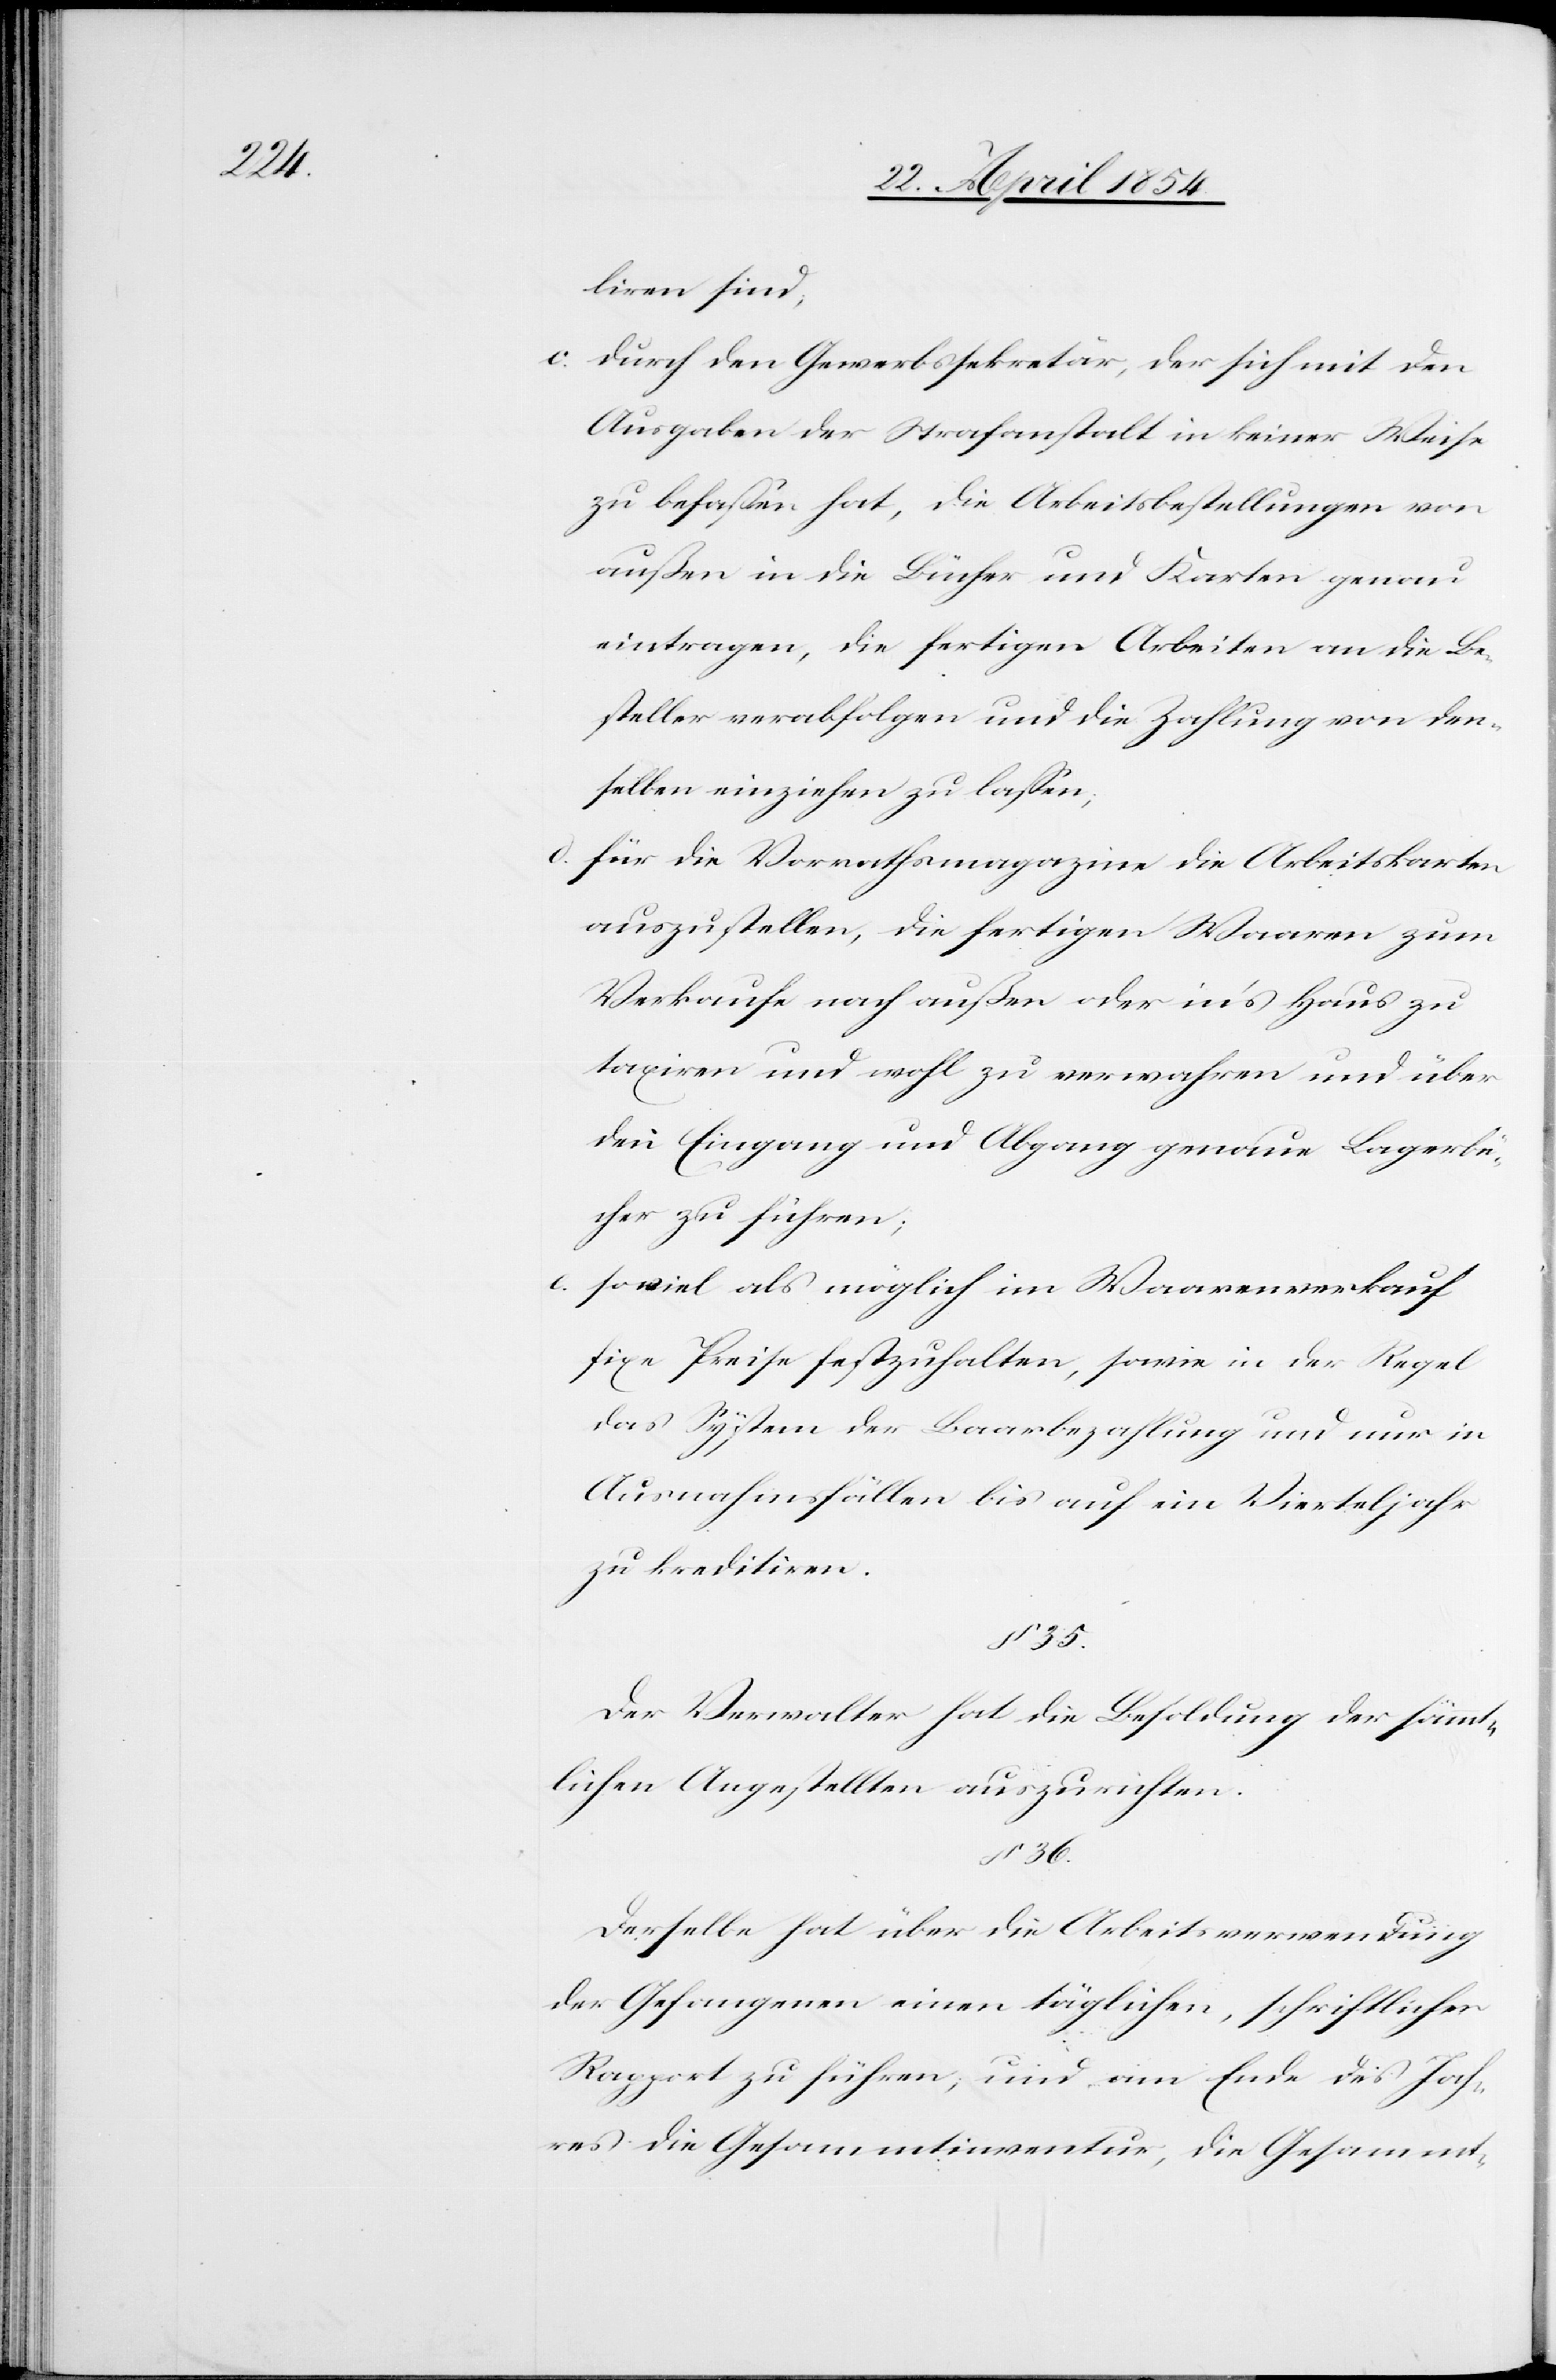
liren sind;
c. durch den Gewerbssekretär, der sich mit den
Ausgaben der Strafanstalt in keiner Weise
zu befaßen hat, die Arbeitsbestellungen von
außen in die Bücher und Karten genau
einzutragen, die fertigen Arbeiten an die Be¬
steller verabfolgen und die Zahlung von den¬
selben einziehen zu laßen;
d. für die Vorrathsmagazine die Arbeitskarten
auszustellen, die fertigen Waaren zum
Verkaufe nach außen oder in’s Haus zu
taxiren und wohl zu verwahren und über
den Eingang und Abgang genaue Lagerbü¬
cher zu führen;
e. soviel als möglich im Waarenverkauf
fixe Preise festzuhalten, sowie in der Regel
das System der Baarbezahlung und nur in
Ausnahmefällen bis auf ein Vierteljahr
zu kreditiren.
35.
Der Verwalter hat die Besoldung der sämmt¬
lichen Angestellten auszurichten.
§ 36.
Derselbe hat über die Arbeitsverwendung
der Gefangenen einen täglichen, schriftlichen
Rapport zu führen, und am Ende des Jah¬
res die Gesammtinventur, die Gesammt-